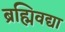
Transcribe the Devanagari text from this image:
ब्रह्मिवद्या